Civil Veterinary Department Bengal reports 1933-51 - 1933-1951
Year: 1933
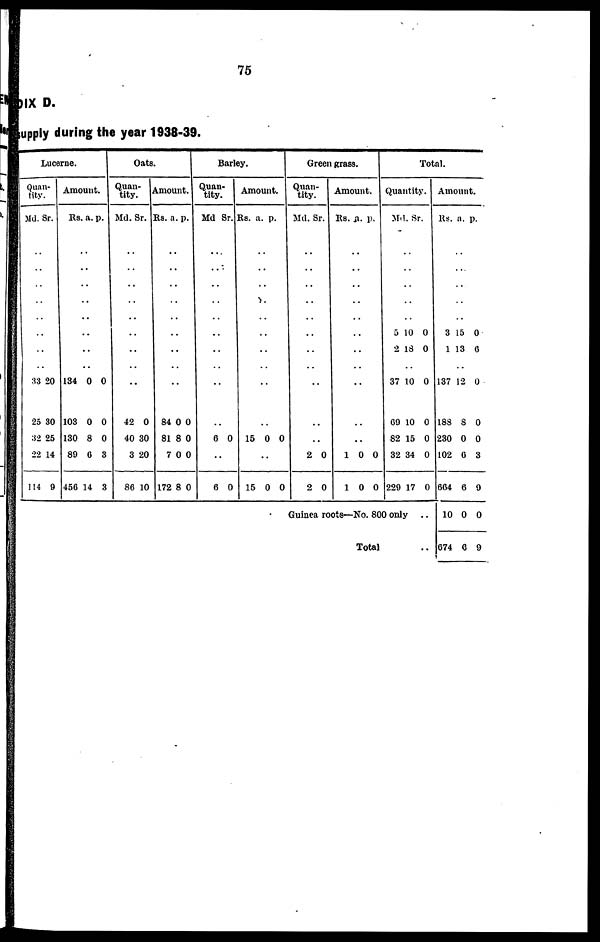
75
APPENDIX
D.
supply during the year 1938-39.
Lucerne.
Quan-
tity.
Md.
..
..
..
..
..
..
..
..
33
25
32
22
114
Sr.
20
30
25
14
9
Amount.
Rs.
..
..
..
..
..
..
..
..
134
103
130
89
456
a.
0
0
8
6
14
p.
0
0
0
3
3
Oats.
Quan-
tity.
Md.
..
..
..
..
..
..
..
..
..
42
40
3
86
Sr.
0
30
20
10
Amount.
Rs.
..
..
..
..
..
..
..
..
..
84
81
7
172
a.
0
8
0
8
p.
0
0
0
0
Barley.
Quan-
tity.
Md
..
..
..
..
..
..
..
..
..
..
6
..
6
Sr.
0
0
Amount.
Rs.
..
..
..
..
..
..
..
..
..
..
15
..
15
a.
0
0
p.
0
0
Green grass.
Quan-
tity.
Md.
..
..
..
..
..
..
..
..
..
..
..
2
2
Sr.
0
0
Amount.
Rs.
..
..
..
..
..
..
..
..
..
..
..
1
1
a.
0
0
p.
0
0
Total.
Quantity.
Md.
..
..
..
..
..
5 10
2 18
..
37 10
69 10
82 15
32 34
229 17
Sr.
0
0
0
0
0
0
0
Guinea roots—No. 800 only ..
Total ..
Amount.
Rs.
..
..
..
..
..
3
1
..
137
188
230
102
664
10
674
a.
15
13
12
8
0
6
6
0
6
p.
0
6
0
0
0
3
9
0
9